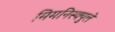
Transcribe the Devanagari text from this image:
मिमनिस्क्युले